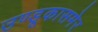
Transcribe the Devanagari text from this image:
उण्डूकासमेर